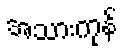
အသားကုန်